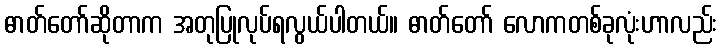
ဓာတ်တော်ဆိုတာက အတုပြုလုပ်ရလွယ်ပါတယ်။ ဓာတ်တော် လောကတစ်ခုလုံးဟာလည်း